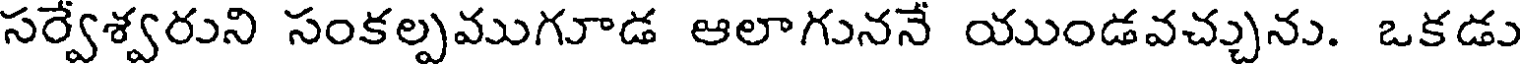
సర్వేశ్వరుని సంకల్పముగూడ ఆలాగుననే యుండవచ్చును. ఒకడు